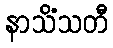
နာသိံသတီ